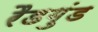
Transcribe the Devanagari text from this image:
रैडगुंड